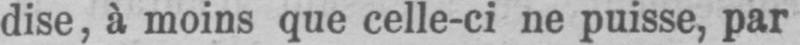
dise, à moins que celle-ci ne puisse, par